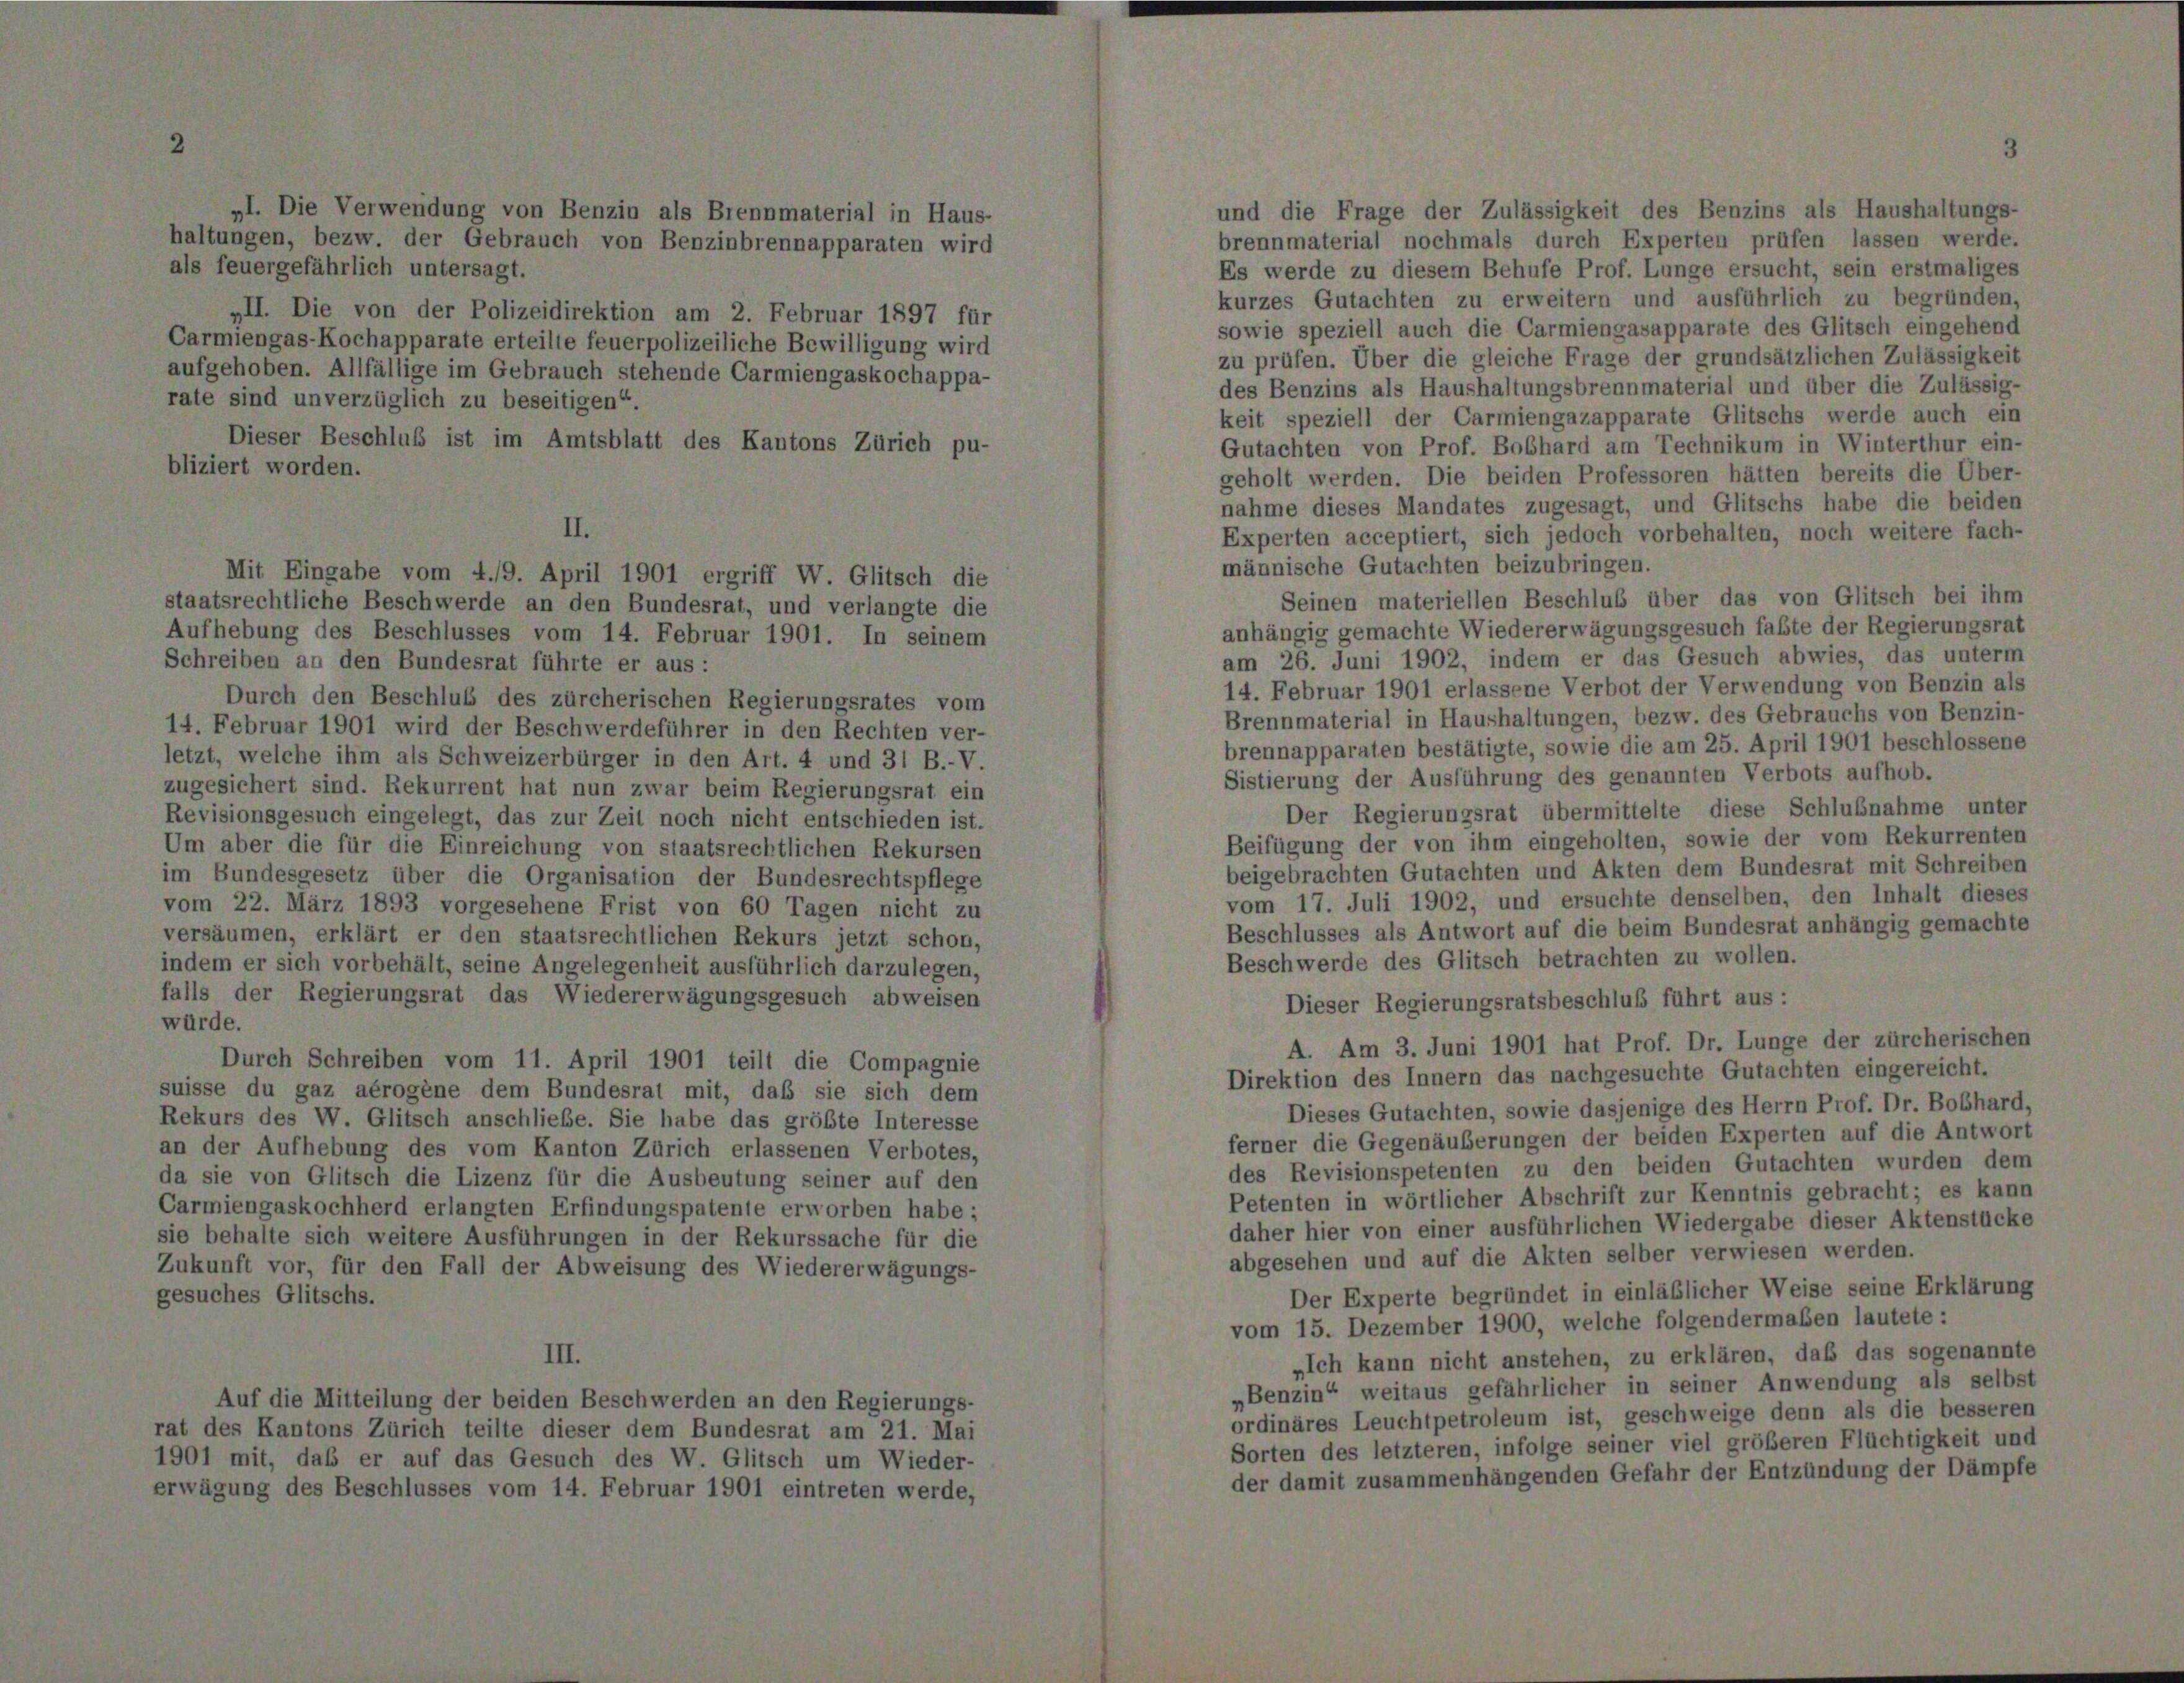
.

Zeit
von s

2

atsrechtl

e Lizenz für die Ausbeutung d
erlangten Erfindungspatente e
re Ausführungen in der Reku
Fall der Abweisung des Wie

Es werde zu diesem Behufe Prof. Lunge ersucht, sein erstmalis
sowie speziell auch die Carmiengasapparate des Glitsch eingeh
zu prüfen. Über die gleiche Frage der grundsätzlichen Zulässigt
des Benzins als Haushaltungsbrennmaterial und über die Zuläst
keit speziell der Carmiengazapparate Glitschs werde auch
Gutachten von Prof. Bobhard am Technikum in Winterthur
geholt werden. Die beiden Professoren hätten bereits die Übe
nahme dieses Mandates zugesagt, und Glitschs habe die bei
Experten acceptiert, sich jedoch vorbehalten, noch weitere f.
männische Gutachten beizubringen.
Seinen materiellen Beschluß über das von Glitsch bei
anhängig gemachte Wiedererwägungsgesuch faßte der Regierungs
am 26. Juni 1902, indem er das Gesuch abwies, das unte
14. Februar 1901 erlassene Verbot der Verwendung von Benzin
Brennmaterial in Haushaltungen, bezw. des Gebrauchs von Ber
brennapparaten bestätigte, sowie die am 25. April 1901 beschloss
Sistierung der Ausführung des genannten Verbots aufhob.
Der Regierungsrat übermittelte diese Schlußnahme un
Beifügung der von ihm eingeholten, sowie der vom Rekurre
beigebrachten Gutachten und Akten dem Bundesrat mit Schrei
vom 17. Juli 1902, und ersuchte denselben, den Inhalt di
Beschlusses als Antwort auf die beim Bundesrat anhängig gema
Beschwerde des Glitsch betrachten zu wollen.

A. Am 3. Juni 1901 hat Prof. Dr. Lunge der zürcher
Direktion des Innern das nachgesuchte Gutachten eingereic
Dieses Gutachten, sowie dasjenige des Herrn Prof. Dr. Bo
ferner die Gegenäußerungen der beiden Experten auf die A
des Revisionspetenten zu den beiden Gutachten wurden
Petenten in wörtlicher Abschrift zur Kenntnis gebracht; es
daher hier von einer ausführlichen Wiedergabe dieser Akten
abgesehen und auf die Akten selber verwiesen werden.
Der Experte begründet in einläßlicher Weise seine Erk
vom 15. Dezember 1900, welche folgendermaßen lautete:
„Ich kann nicht anstehen, zu erklären, daß das soge
„Benzin“ weitaus gefährlicher in seiner Anwendung als
ordinäres Leuchtpetroleum ist, geschweige denn als die b
Sorten des letzteren, infolge seiner viel größeren Flüchtigke
enden Gefahr der Entzündung der I

zurzes Gutachten zu erweitern und ausführlich zu begründ